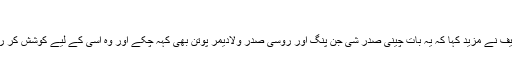
"
نواز شریف نے مزید کہا کہ یہ بات چینی صدر شی جن پنگ اور روسی صدر ولادیمر پوتن بھی کہہ چکے اور وہ اسی کے لیے کوشش کر رہے ہیں۔